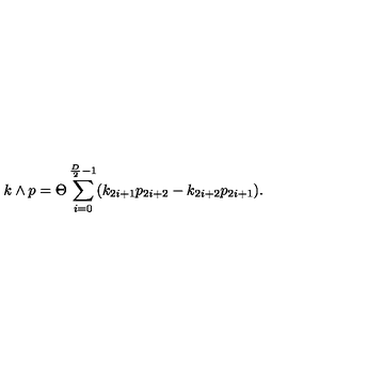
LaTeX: k \wedge p = \Theta \sum _ { i = 0 } ^ { \frac { D } { 2 } - 1 } ( k _ { 2 i + 1 } p _ { 2 i + 2 } - k _ { 2 i + 2 } p _ { 2 i + 1 } ) .